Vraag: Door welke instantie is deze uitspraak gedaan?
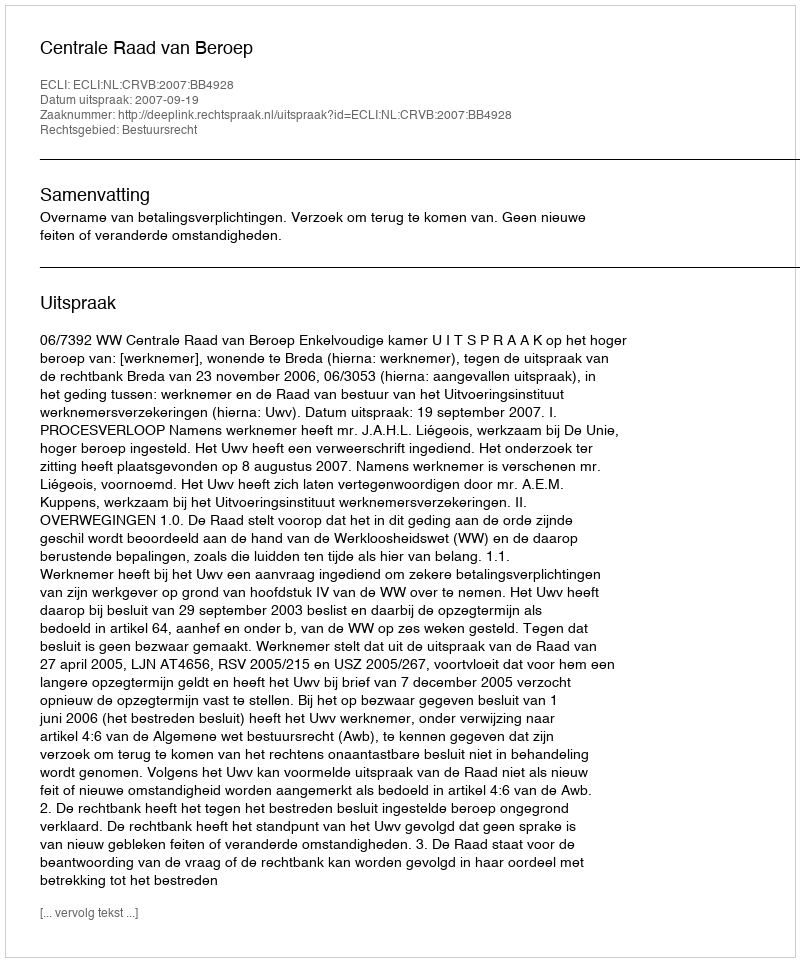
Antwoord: Centrale Raad van Beroep